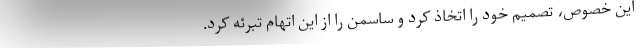
این خصوص، تصمیم خود را اتخاذ کرد و ساسمن را از این اتهام تبرئه کرد.